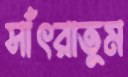
সাঁৎরাতুম